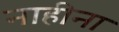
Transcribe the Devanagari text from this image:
नाहीना